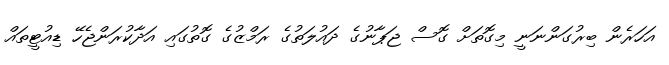
އަހަރެން ބިރުގަންނަނީ މިގޮތަށް ގޮސް ޖަޕާނުގެ ދައުލަތުގެ ރަމްޒުގެ ގޮތުގައި އަދާކުރަންޖެހޭ ޑިއުޓީތައް